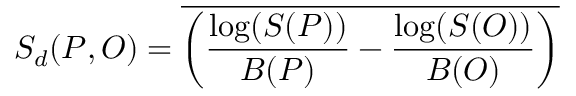
S _ { d } ( P , O ) = \overline { { \left( \frac { \log ( { S ( P ) ) } } { B ( P ) } - \frac { \log ( S ( O ) ) } { B ( O ) } \right) } }